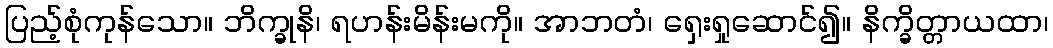
ပြည့်စုံကုန်သော။ ဘိက္ခုနိ၊ ရဟန်းမိန်းမကို။ အာဘတံ၊ ရှေးရှုဆောင်၍။ နိက္ခိတ္တာယထာ၊